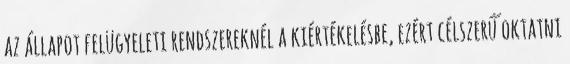
az állapot felügyeleti rendszereknél a kiértékelésbe, ezért célszerű oktatni